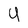
Character: y